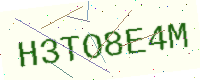
Text: H3TO8E4M